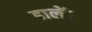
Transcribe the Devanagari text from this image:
ढालें।